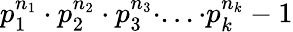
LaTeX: p_{1}^{n_{1}}\cdot p_{2}^{n_{2}}\cdot p_{3}^{n_{3}}\cdot...\cdot p_{k}^{n_{k}}-1